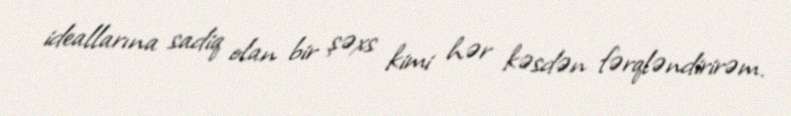
ideallarına sadiq olan bir şəxs kimi hər kəsdən fərqləndirirəm.